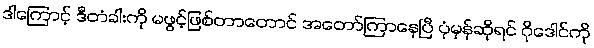
ဒါကြောင့် ဒီတံခါးကို မဖွင့်ဖြစ်တာတောင် အတော်ကြာနေပြီ ပုံမှန်ဆိုရင် ဂိုဒေါင်ကို